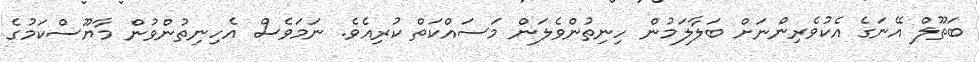
ބަތޫލް އޭނަގެ އެކުވެރިންނަށް ބަލާލަމުން ހިނިތުންވެލަން މަސައްކަތް ކުރިއެވެ. ނަމަވެސް އެހިނިތުންވުން މާޔޫސްކަމުގެ